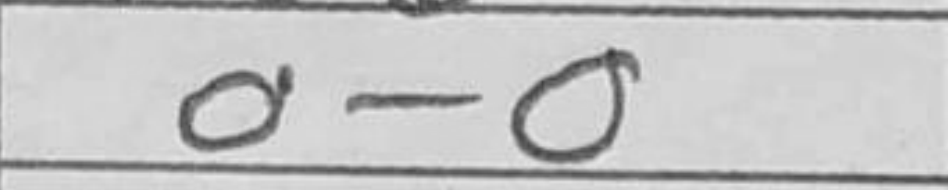
Transcription: O-O